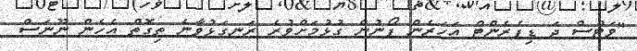
"ވަޓްސް ދަ ޑިފެރެންޓް އަހަރެން ފޯނުން ގުޅުމަށްވުރެ ރަނގަޅުވާނެ ތިގޮތް އެހެން ނޫނަސް